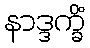
နာဒ္ဒက္ခိံ